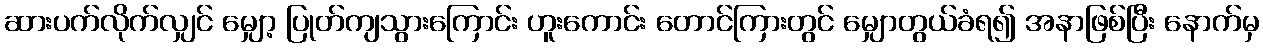
ဆားပက်လိုက်လျှင် မျှော့ ပြုတ်ကျသွားကြောင်း ဟူးကောင်း တောင်ကြားတွင် မျှောတွယ်ခံရ၍ အနာဖြစ်ပြီး နောက်မှ